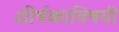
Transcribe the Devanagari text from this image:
शीर्षकाविषयी